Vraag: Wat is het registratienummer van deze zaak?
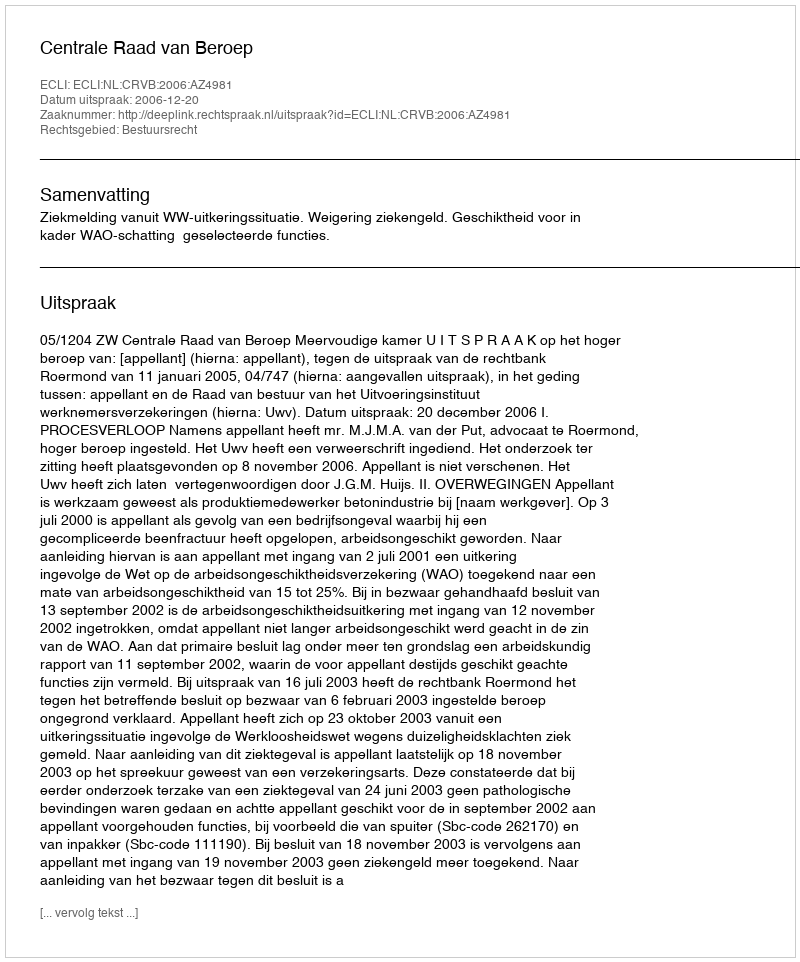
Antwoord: http://deeplink.rechtspraak.nl/uitspraak?id=ECLI:NL:CRVB:2006:AZ4981